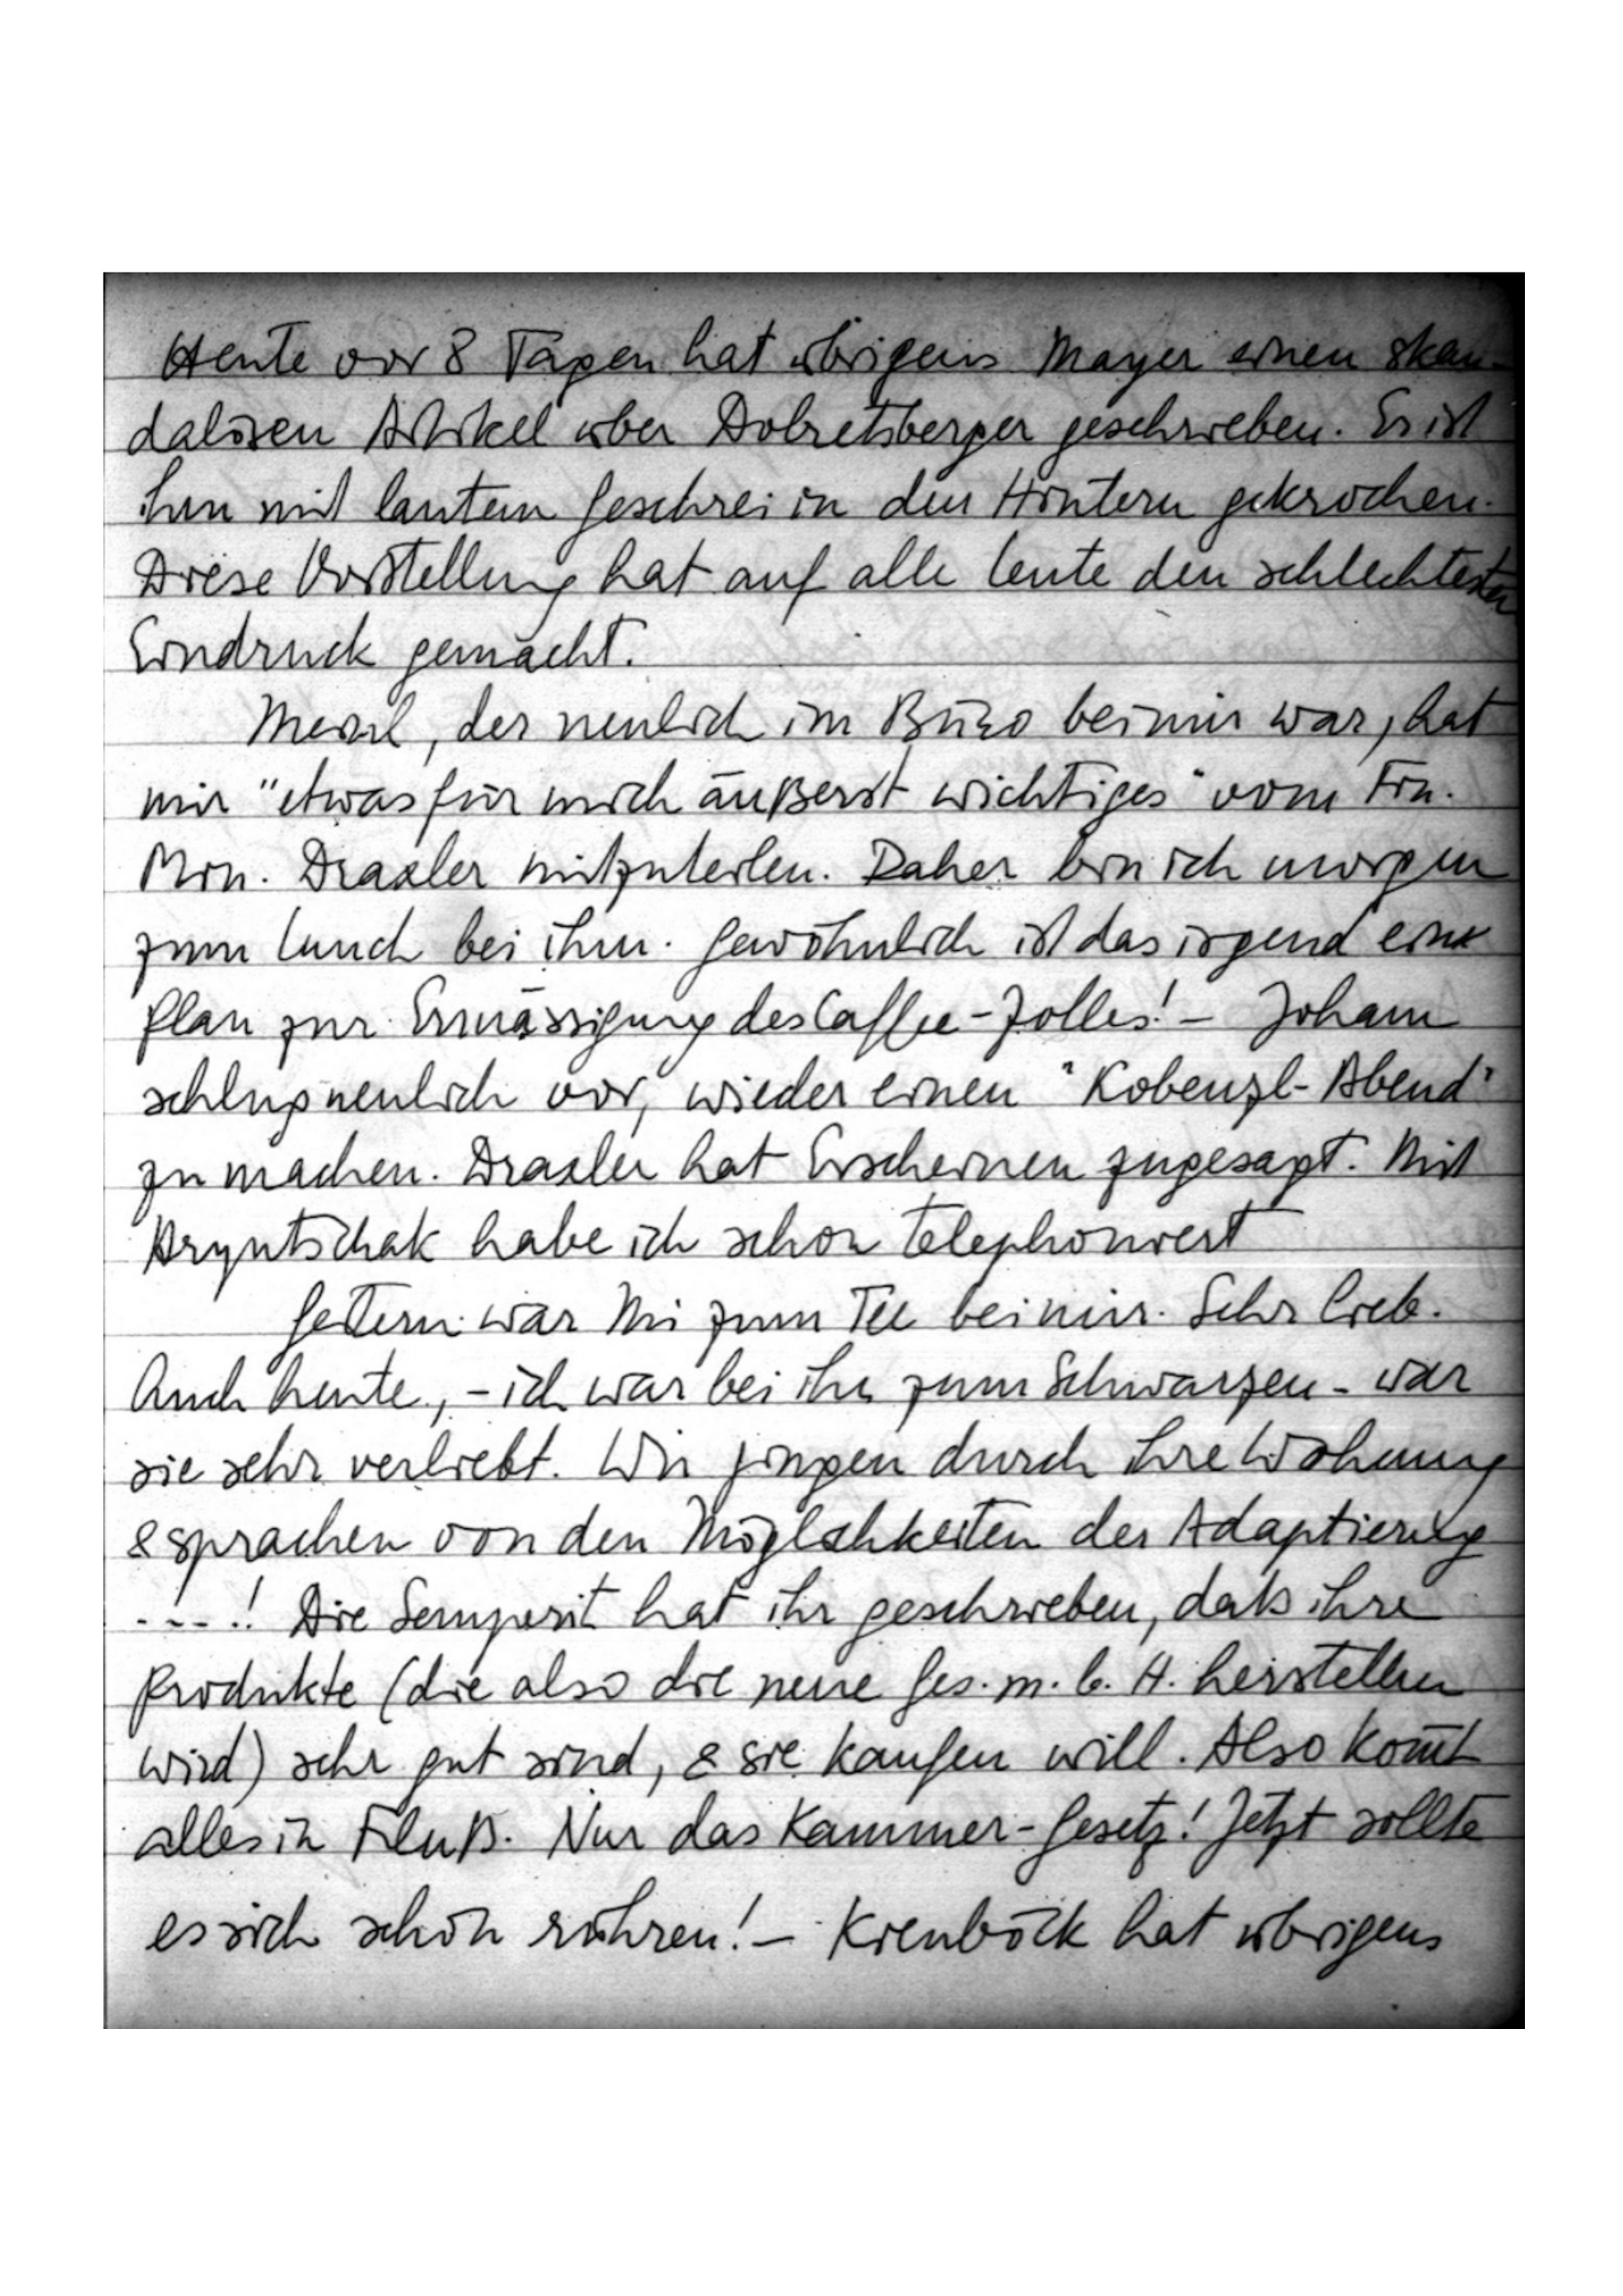
Heute vor 8 Tagen hat übrigens Mayer einen skan
dalösen Artikel über Dobretsberger geschrieben. Er ist
ihm mit lautem Geschrei in den Hintern gekrochen.
Diese Vorstellung hat auf alle Leute den schlechtesten
Eindruck gemacht.
Meinl, der neulich im Büro bei mir war, hat
mir „etwas für mich äußerst wichtiges“ vom Fin.
Min. Draxler mitzuteilen. Daher bin ich morgen
zum Lunch bei ihm. Gewöhnlich ist das irgend ein
Plan zur Ermässigung des Caffee-Zolles! – Joham
schlug neulich vor, wieder einen „Kobenzl-Abend“
zu machen. Draxler hat Erscheinen zugesagt. Mit
Hryntschak habe ich schon telephoniert
Gestern war Mi zum Tee bei mir. Sehr lieb.
Auch heute, - ich war bei ihr zum Schwarzen - - war
sie sehr verliebt. Wir gingen durch ihre Wohnung
& sprachen von den Möglichkeiten der Adaptierung
…! Die Semperit hat ihr geschrieben, daß ihre
Produkte (die also die neue Ges.m.b.H. herstellen
wird) sehr gut sind & sie kaufen will. Also kommt
alles in Fluß. Nur das Kammer-Gesetz! Jetzt sollte
es sich schon rühren! – Kienböck hat übrigens